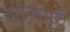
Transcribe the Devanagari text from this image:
खोलपुरी